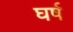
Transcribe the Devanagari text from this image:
घर्ष